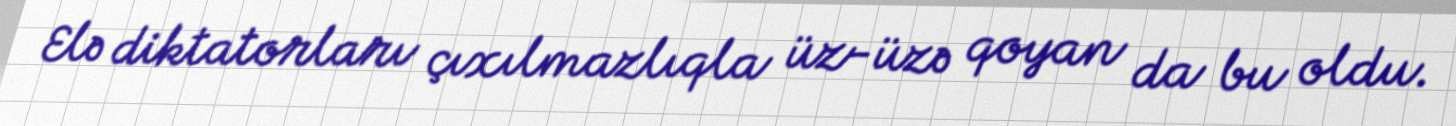
Elə diktatorları çıxılmazlıqla üz-üzə qoyan da bu oldu.